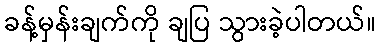
ခန့်မှန်းချက်ကို ချပြ သွားခဲ့ပါတယ်။